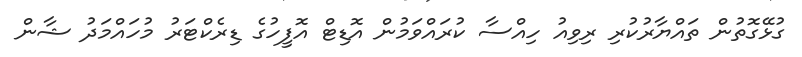
ގުޅޭގޮތުން ތައްޔާރުކުރި ރިވިއު ހިއްސާ ކުރައްވަމުން އޮޑިޓް އޮފީހުގެ ޑިރެކްޓަރު މުހައްމަދު ޝާން